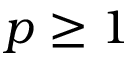
p \geq 1